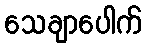
သေချာပေါက်